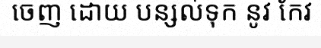
ចេញ ដោយ បន្សល់ទុក នូវ កែវ